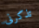
تذكرنى